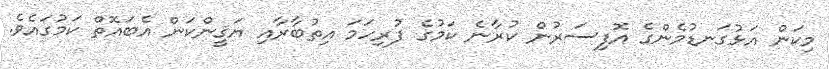
މިކަން އަޅުގަނޑުމެންގެ އޮފިސަރުން ކުރާނެ ކަމުގެ ފުރިހަމަ އިތުބާރާއި ޔަޤީންކަން އެބައޮތް ކަމުގައެވެ.